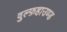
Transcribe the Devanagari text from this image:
वुल्फ़हाउण्ड